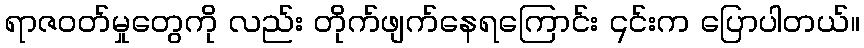
ရာဇဝတ်မှုတွေကို လည်း တိုက်ဖျက်နေရကြောင်း ၎င်းက ပြောပါတယ်။